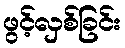
ဖွင့်လှစ်ခြင်း